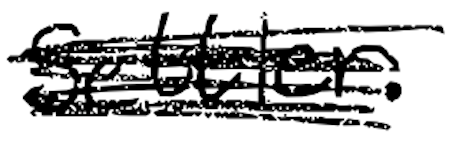
Text: settler.
Cross-out: scratch
Writing tool: digital_black